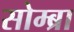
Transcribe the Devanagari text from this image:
सोम्ब्रा